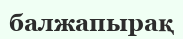
балжапырақ